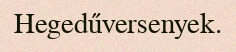
Hegedűversenyek.